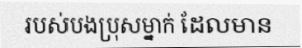
របស់បងប្រុសម្នាក់ ដែលមាន